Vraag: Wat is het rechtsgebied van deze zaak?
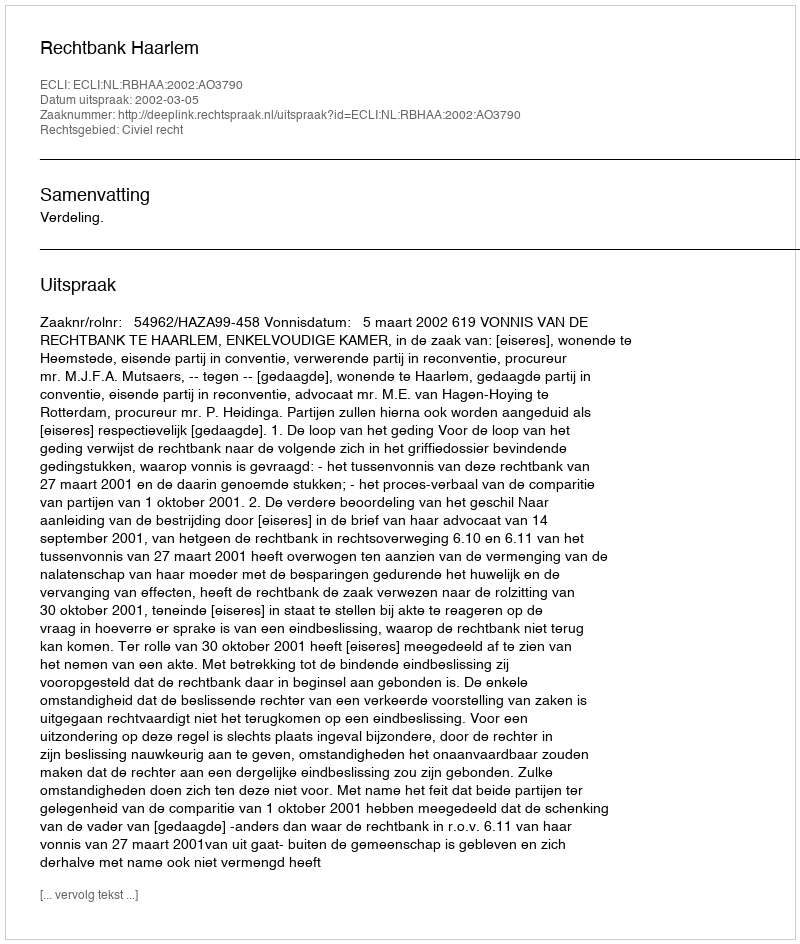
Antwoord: Civiel recht